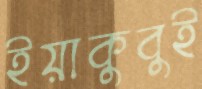
ইয়াকুবুই